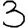
Digit: 3